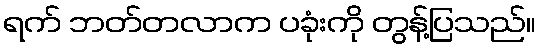
ရက် ဘတ်တလာက ပခုံးကို တွန့်ပြသည်။